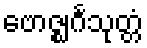
ဗောဇ္ဈင်္ဂသုတ္တံ